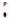
: